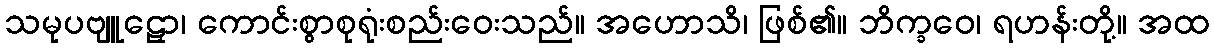
သမုပဗျူဠှော၊ ကောင်းစွာစုရုံးစည်းဝေးသည်။ အဟောသိ၊ ဖြစ်၏။ ဘိက္ခဝေ၊ ရဟန်းတို့။ အထ